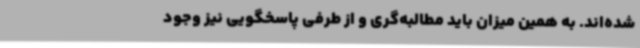
شده‌اند. به همین میزان باید مطالبه‌گری و از طرفی پاسخگویی نیز وجود